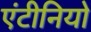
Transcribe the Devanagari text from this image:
एंटीनियो